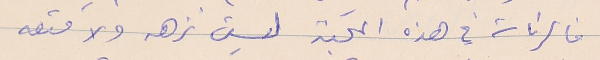
فالرئاسة في هذه المحنة لسيت نزهه ولا متعه